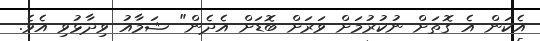
އެކަން އެ ގޮތަށް ނުކުރުމަށް ވަރަށް ބޮޑަށް އެދެން" ޝަމާއު ވިދާޅުވި އެވެ.